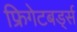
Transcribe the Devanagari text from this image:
फ्रिगेटबर्ड्स